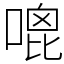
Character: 𠹇